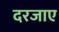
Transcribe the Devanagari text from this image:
दरजाए